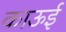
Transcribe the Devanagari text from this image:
काऊई